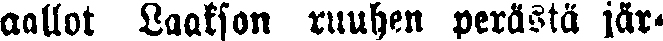
aallot Laakson ruuhen perältä jät-